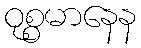
ဝုစ္စမာနေန